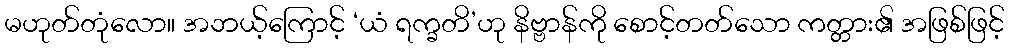
မဟုတ်တုံလော။ အဘယ့်ကြောင့် ‘ယံ ရက္ခတိ’ဟု နိဗ္ဗာန်ကို စောင့်တတ်သော ကတ္တား၏ အဖြစ်ဖြင့်